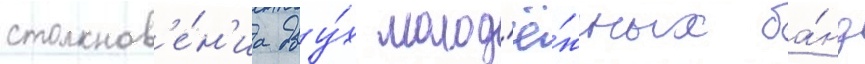
столкнов'е́н'иа дву́х молод'ё́жных ба́нд